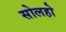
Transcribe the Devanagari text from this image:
सोलहो